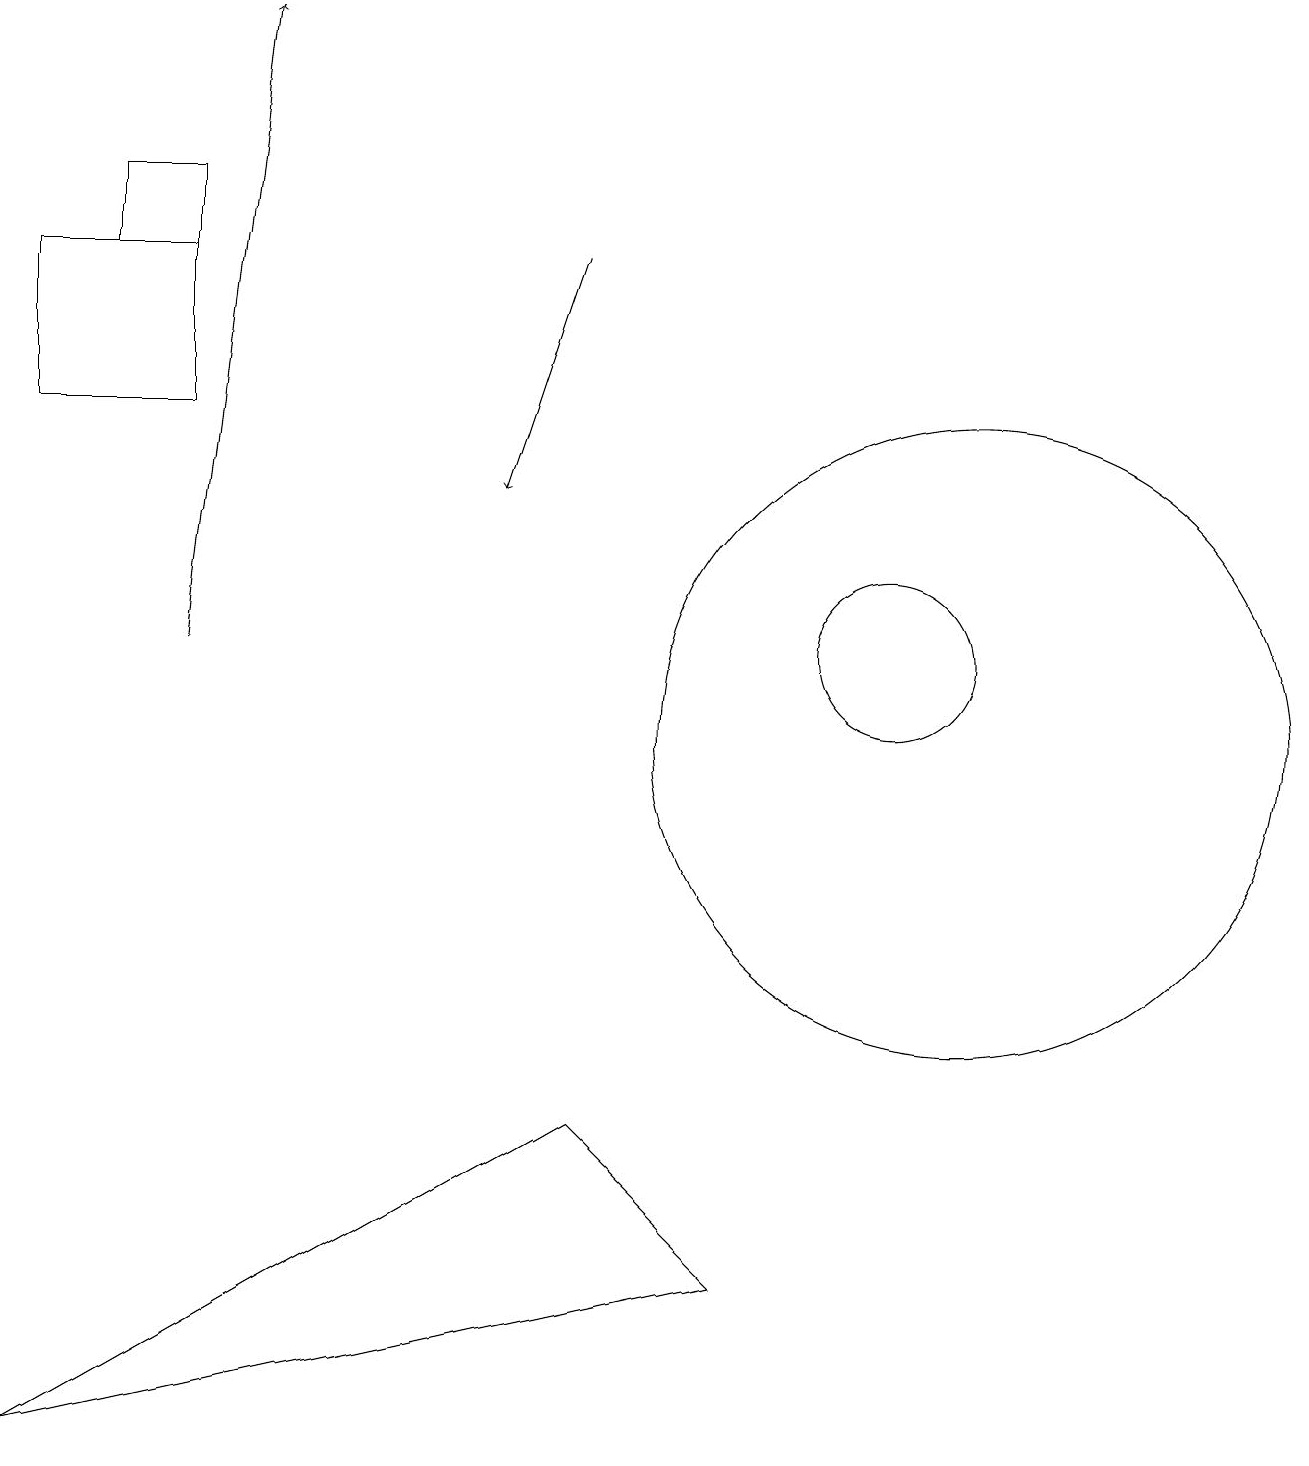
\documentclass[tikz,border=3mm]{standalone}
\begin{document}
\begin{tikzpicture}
\draw[->] (2,11) -- (3,19);
\draw (12,12) circle (0);
\draw (11,11) circle (1);
\draw (12,10) circle (4);
\draw (2,16) rectangle (0,14);
\draw (2,17) rectangle (1,16);
\draw[->] (7,16) -- (6,13);
\draw (7,5) -- (9,3) -- (0,1) -- cycle;
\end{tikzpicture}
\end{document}